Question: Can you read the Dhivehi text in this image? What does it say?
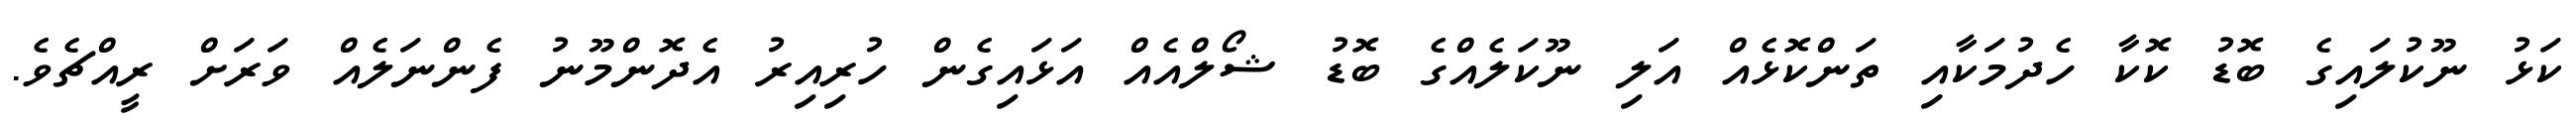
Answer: ކަޅު ނޫކުލައިގެ ބޮޑު ކޮކާ ހެދުމަކާއި ތަންކޮޅެއް އަލި ނޫކަލެއްގެ ބޮޑު ޝޯލްއެއް އަޅައިގެން ހުރިއިރު އެދޮންމޫނު ފެންނަލެއް ވަރަށް ރީއްޗެވެ.